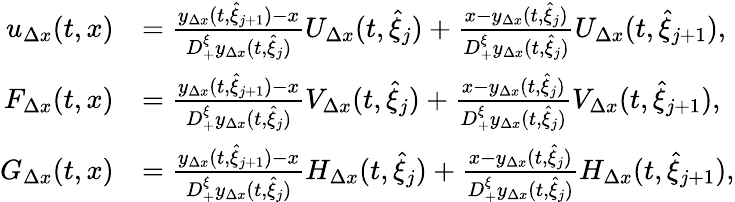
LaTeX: \begin{array}{rl}{u_{\Delta x}(t,x)}&{=\frac{y_{\Delta x}(t,\hat{\xi}_{j+1})-x}{D_{+}^{\xi}y_{\Delta x}(t,\hat{\xi}_{j})}U_{\Delta x}(t,\hat{\xi}_{j})+\frac{x-y_{\Delta x}(t,\hat{\xi}_{j})}{D_{+}^{\xi}y_{\Delta x}(t,\hat{\xi}_{j})}U_{\Delta x}(t,\hat{\xi}_{j+1}),}\\ {F_{\Delta x}(t,x)}&{=\frac{y_{\Delta x}(t,\hat{\xi}_{j+1})-x}{D_{+}^{\xi}y_{\Delta x}(t,\hat{\xi}_{j})}V_{\Delta x}(t,\hat{\xi}_{j})+\frac{x-y_{\Delta x}(t,\hat{\xi}_{j})}{D_{+}^{\xi}y_{\Delta x}(t,\hat{\xi}_{j})}V_{\Delta x}(t,\hat{\xi}_{j+1}),}\\ {G_{\Delta x}(t,x)}&{=\frac{y_{\Delta x}(t,\hat{\xi}_{j+1})-x}{D_{+}^{\xi}y_{\Delta x}(t,\hat{\xi}_{j})}H_{\Delta x}(t,\hat{\xi}_{j})+\frac{x-y_{\Delta x}(t,\hat{\xi}_{j})}{D_{+}^{\xi}y_{\Delta x}(t,\hat{\xi}_{j})}H_{\Delta x}(t,\hat{\xi}_{j+1}),}\end{array}